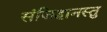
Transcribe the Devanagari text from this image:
संजिहानस्तु